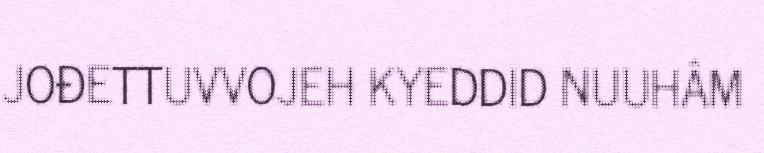
JOĐETTUVVOJEH KYEDDID NUUHÂM